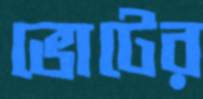
ভোটের